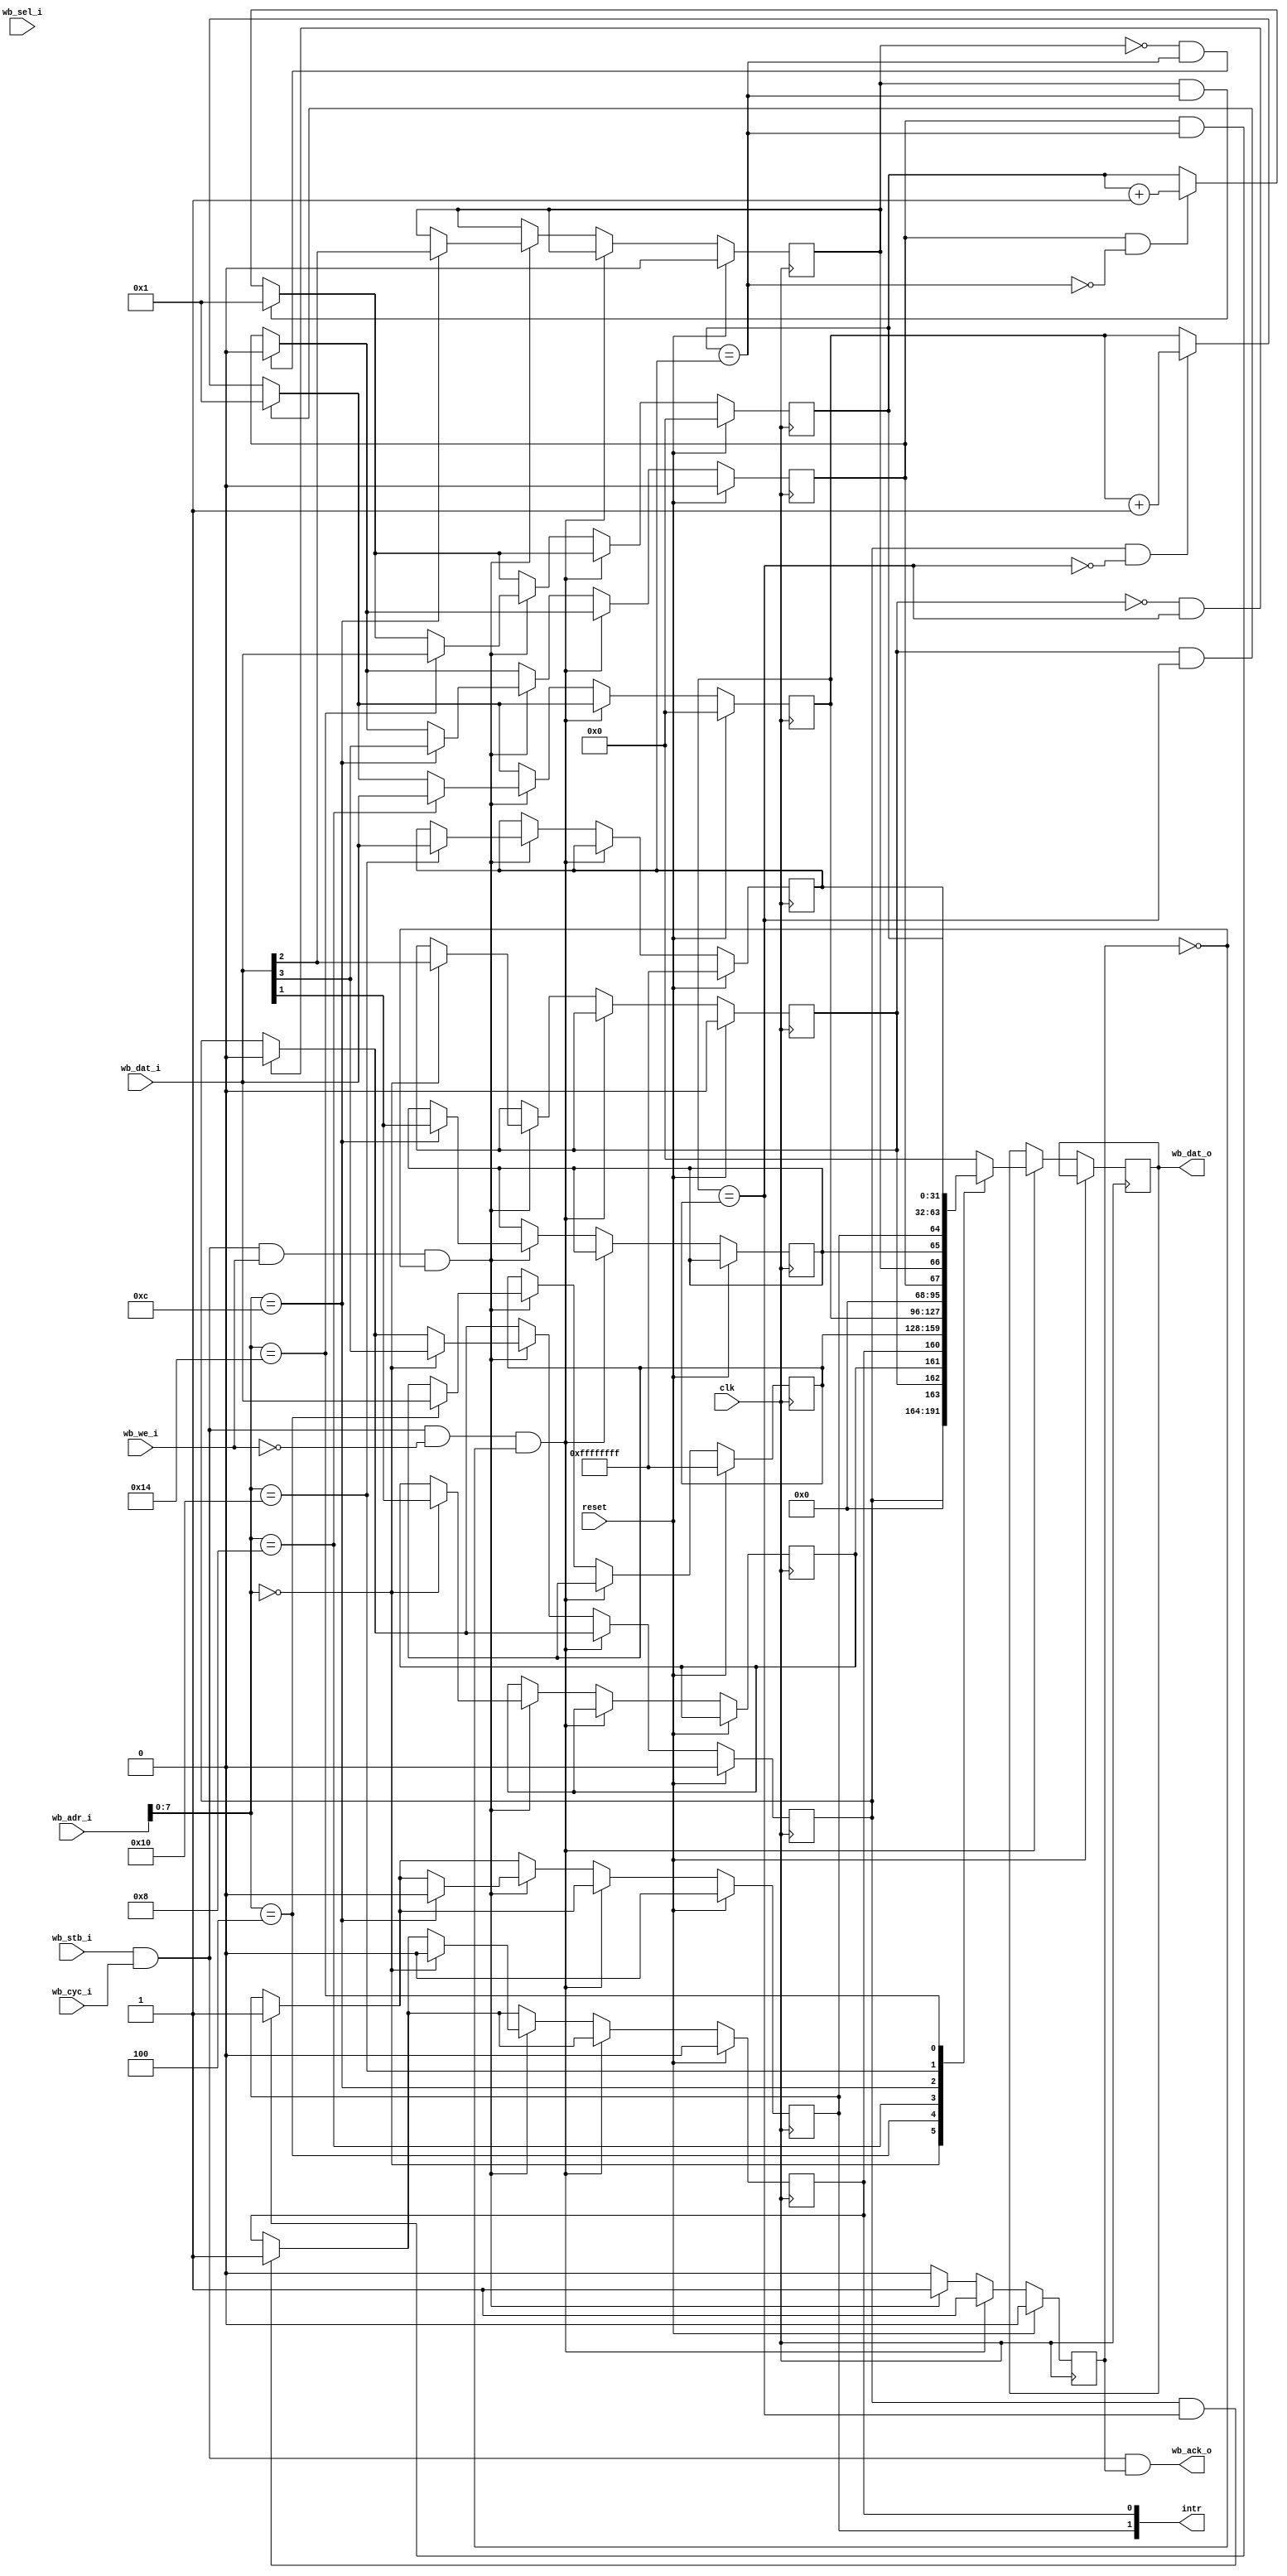
//---------------------------------------------------------------------------
//
// Wishbone Timer
//
// Register Description:
//
//    0x00 TCR0
//    0x04 COMPARE0
//    0x08 COUNTER0
//    0x0C TCR1
//    0x10 COMPARE1
//    0x14 COUNTER1
//
// TCRx:  
//    +-------------------+-------+-------+-------+-------+
//    |     28'b0         |  EN   |  AR   | IRQEN |  TRIG |
//    +-------------------+-------+-------+-------+-------+
//
//   EN i  (rw)   if set to '1', COUNTERX counts upwards until it reaches
//                COMPAREX
//   AR    (rw)   AutoRecwstartload -- if COUNTER reaches COMPAREX, shall we 
//                restart at 1, or disable this counter?
//   IRQEN (rw)   Indicate interrupt condition when triggered?
//   TRIG  (ro)   
//
//---------------------------------------------------------------------------

module wb_timer #(
	parameter          clk_freq = 100000000
) (
	input              clk,
	input              reset,
	// Wishbone interface
	input              wb_stb_i,
	input              wb_cyc_i,
	output             wb_ack_o,
	input              wb_we_i,
	input       [31:0] wb_adr_i,
	input        [3:0] wb_sel_i,
	input       [31:0] wb_dat_i,
	output reg  [31:0] wb_dat_o,
	//
	output       [1:0] intr
);

//---------------------------------------------------------------------------
// 
//---------------------------------------------------------------------------

reg irqen0, irqen1;
reg trig0, trig1;
reg en0, en1;
reg ar0, ar1;

wire [31:0] tcr0 = { 28'b0, en0, ar0, irqen0, trig0 };
wire [31:0] tcr1 = { 28'b0, en1, ar1, irqen1, trig1 };

reg  [31:0] counter0;
reg  [31:0] counter1;

reg  [31:0] compare0;
reg  [31:0] compare1;

wire match0 = (counter0 == compare0);
wire match1 = (counter1 == compare1);

assign intr = { trig1, trig0 };

//Wishbone
reg  ack;
assign wb_ack_o = wb_stb_i & wb_cyc_i & ack;

wire wb_rd = wb_stb_i & wb_cyc_i & ~wb_we_i;
wire wb_wr = wb_stb_i & wb_cyc_i &  wb_we_i;

always @(posedge clk)
begin
	if (reset) begin
		ack      <= 0;
		en0      <= 0;
		en1      <= 0;
		ar0      <= 0;
		ar1      <= 0;
		trig0    <= 0;
		trig1    <= 0;
		counter0 <= 0;
		counter1 <= 0;
		compare0 <= 32'hFFFFFFFF;
		compare1 <= 32'hFFFFFFFF;
	end else begin

		// Handle counter 0
		if ( en0 & ~match0) counter0 <= counter0 + 1;
		if ( en0 &  match0) trig0    <= 1;
		if ( ar0 &  match0) counter0 <= 1;
		if (~ar0 &  match0) en0      <= 0;

		// Handle counter 1
		if ( en1 & ~match1) counter1 <= counter1 + 1;
		if ( en1 &  match1) trig1    <= 1;
		if ( ar1 &  match1) counter1 <= 1;
		if (~ar1 &  match1) en1      <= 0;

		// Handle WISHBONE access
		ack    <= 0;

		if (wb_rd & ~ack) begin           // read cycle
			ack <= 1;

			case (wb_adr_i[7:0])
			'h00: wb_dat_o <= tcr0;
			'h04: wb_dat_o <= compare0;
			'h08: wb_dat_o <= counter0;
			'h0c: wb_dat_o <= tcr1;
			'h10: wb_dat_o <= compare1;
			'h14: wb_dat_o <= counter1;
			default: wb_dat_o <= 32'b0;
			endcase
		end else if (wb_wr & ~ack ) begin // write cycle
			ack <= 1;

			case (wb_adr_i[7:0])
			'h00: begin
				trig0   <= 0;
				irqen0  <= wb_dat_i[1];
				ar0     <= wb_dat_i[2];
				en0     <= wb_dat_i[3];
			end
			'h04: compare0 <= wb_dat_i;
			'h08: counter0 <= wb_dat_i;
			'h0c: begin
				trig1   <= 0;
				irqen1  <= wb_dat_i[1];
				ar1     <= wb_dat_i[2];
				en1     <= wb_dat_i[3];
			end
			'h10: compare1 <= wb_dat_i;
			'h14: counter1 <= wb_dat_i;
			endcase
		end
	end
end


endmodule